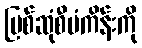
မြစ်ဆုံစီမံကိန်းကို